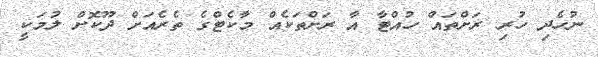
ނުހެދި ހުރި ރަށްތައް ހުއްޓާ އާ ރަށްތަކެއް މާކެޓްގެ ތެރެއަށް ދޫކޮށް ލުމަކީ